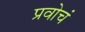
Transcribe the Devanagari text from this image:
प्रवोचं